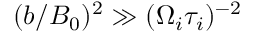
( b / B _ { 0 } ) ^ { 2 } \gg ( \Omega _ { i } \tau _ { i } ) ^ { - 2 }